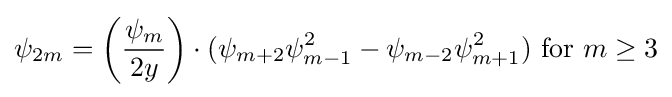
\psi _{2m}=\left({\frac {\psi _{m}}{2y}}\right)\cdot (\psi _{m+2}\psi _{m-1}^{2}-\psi _{m-2}\psi _{m+1}^{2}){\text{ for }}m\geq 3